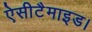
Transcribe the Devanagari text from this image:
ऐसीटैमाइड।